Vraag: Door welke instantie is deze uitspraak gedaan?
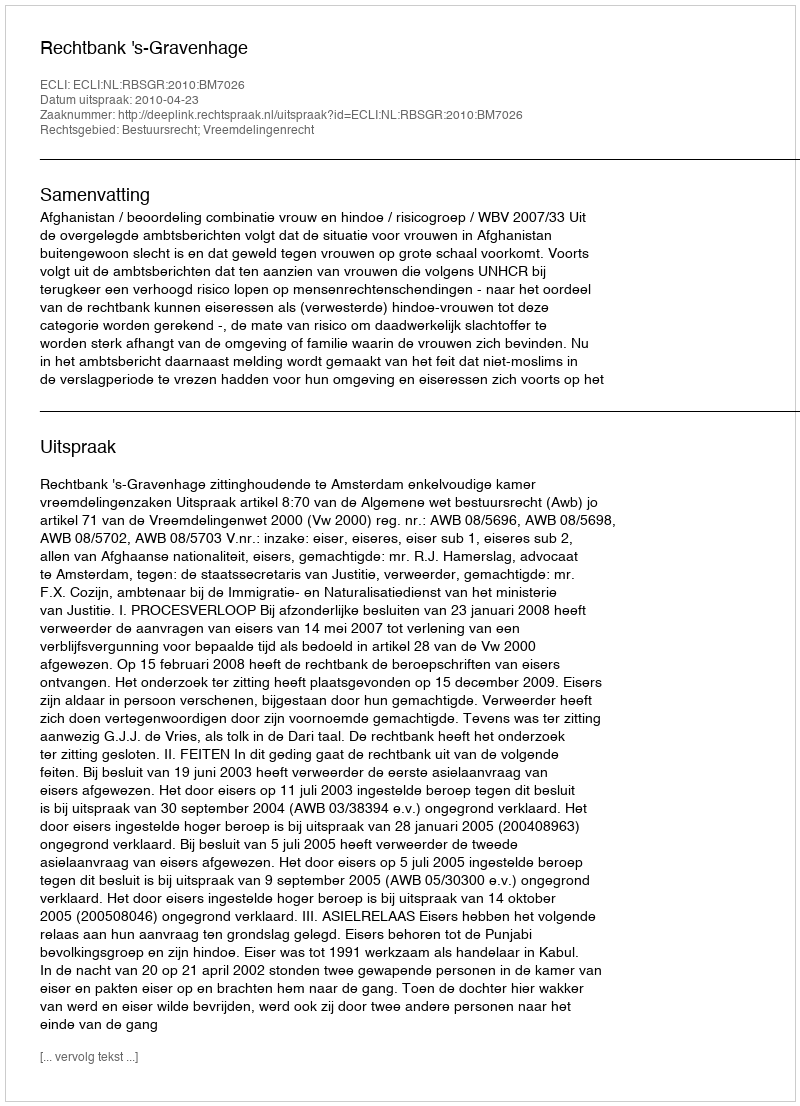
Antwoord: Rechtbank 's-Gravenhage